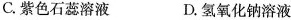
C.紫色石蕊溶液 D.氢氧化钠溶液